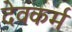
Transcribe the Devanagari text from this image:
देवकर्म